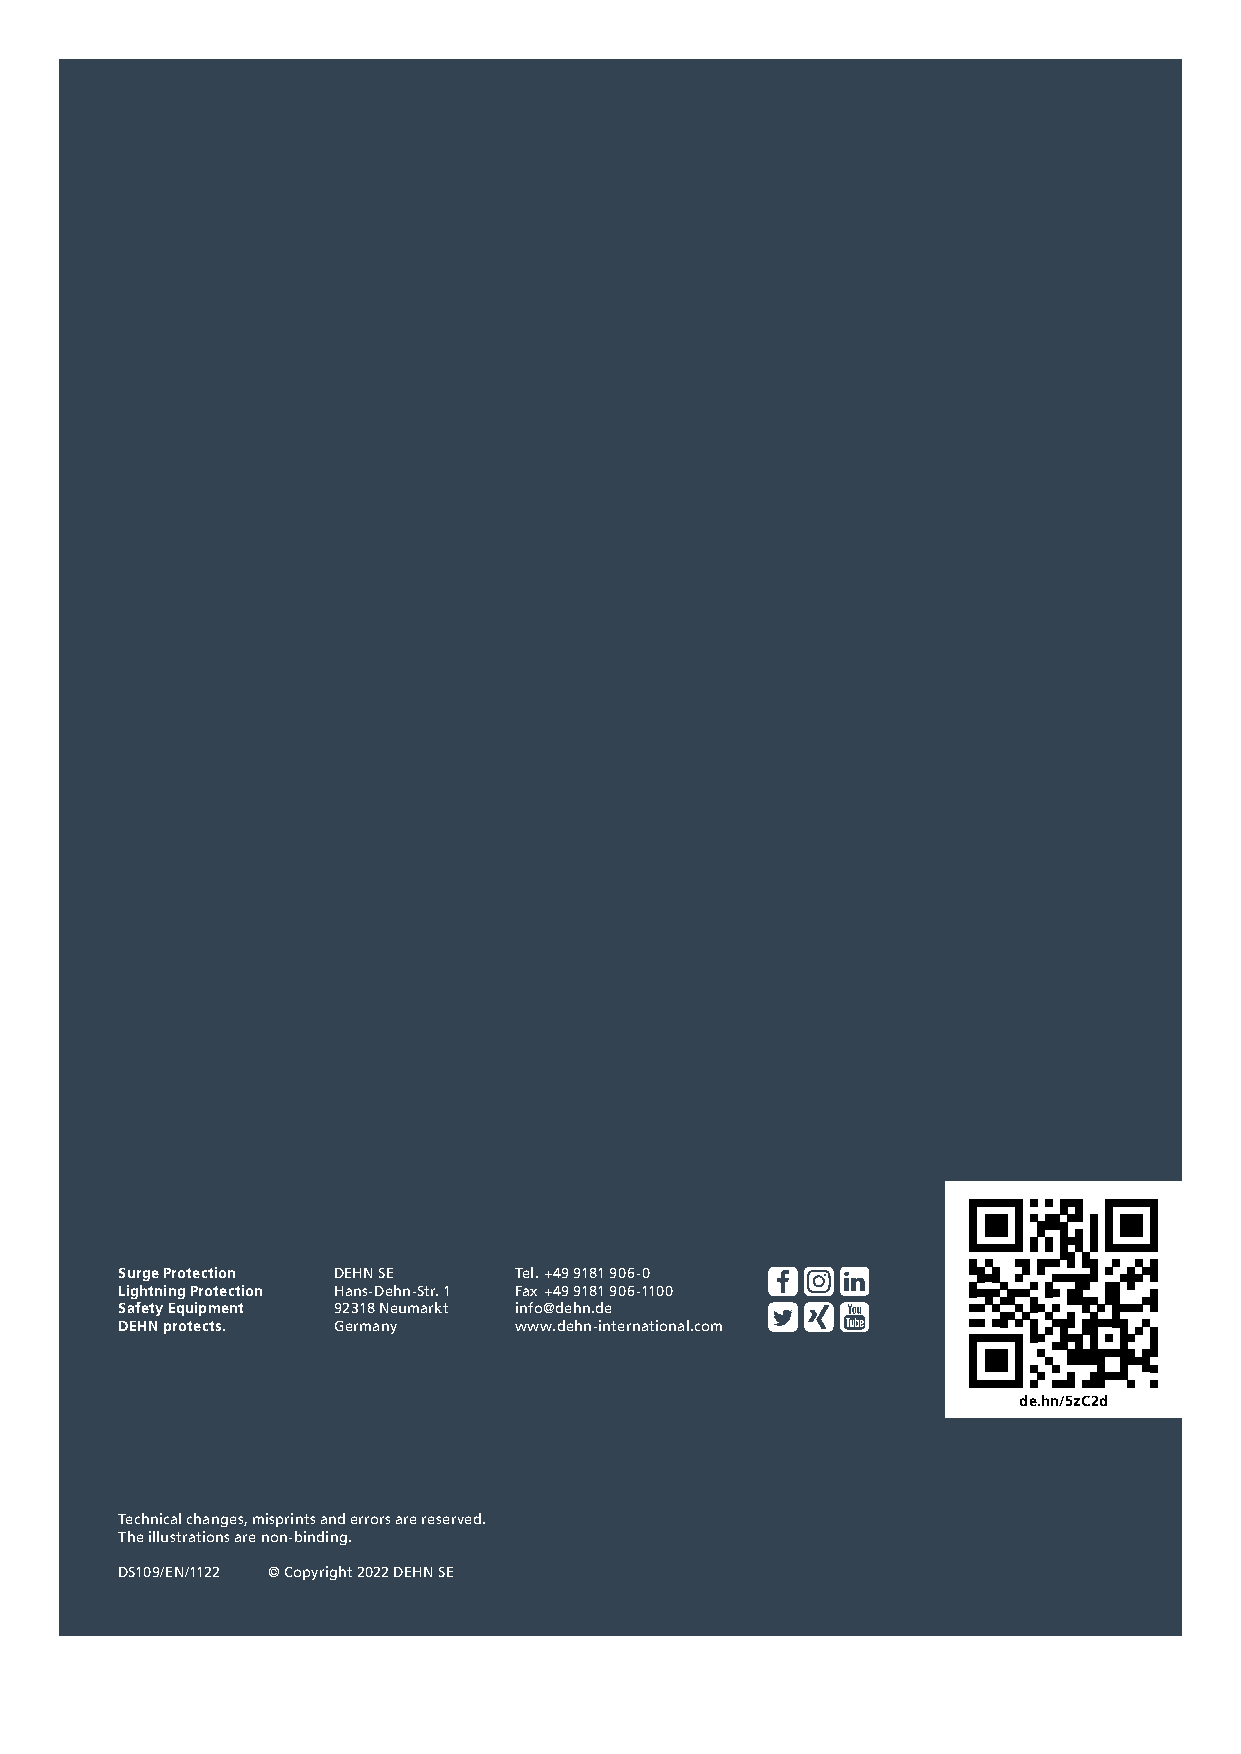
Surge Protection DEHN SE  Tel. +49 9181 906-0
 Lightning Protection Hans-Dehn-Str. 1 Fax +49 9181 906-1100
 Safety Equipment 92318 Neumarkt info@dehn.de
 DEHN protects. Germany    www.dehn-international.com
 de.hn/5zC2d
 Technical changes, misprints and errors are reserved.
 The illustrations are non-binding.
 DS109/EN/1122 © Copyright 2022 DEHN SE